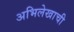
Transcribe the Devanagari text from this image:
अभिलेखाची